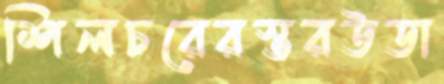
শিলচরেরস্তরউডা